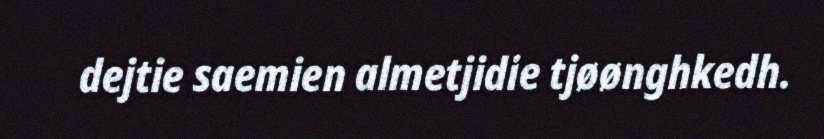
dejtie saemien almetjidie tjøønghkedh.